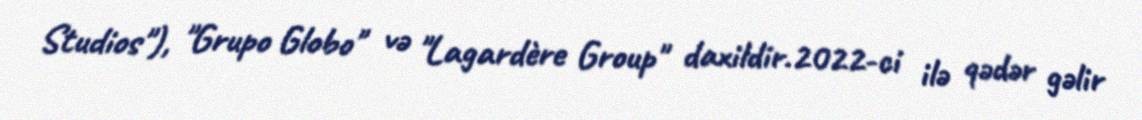
Studios"), "Grupo Globo" və "Lagardère Group" daxildir.2022-ci ilə qədər gəlir